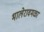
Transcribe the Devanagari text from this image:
भालेरावमळा